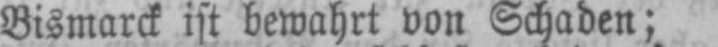
Bismarck ist bewahrt von Schaden;